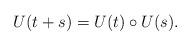
LaTeX: \begin{align*}U(t+s)=U(t)\circ U(s).\end{align*}